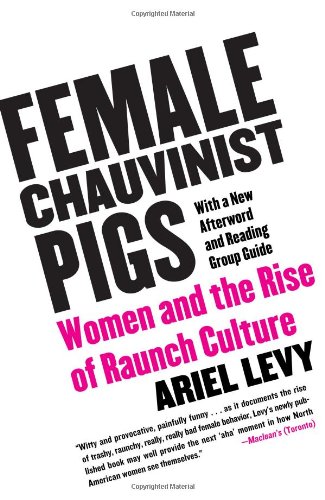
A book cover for Female Chauvinist Pigs: Women and the Rise of Raunch Culture; Ariel Levy; Politics & Social Sciences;